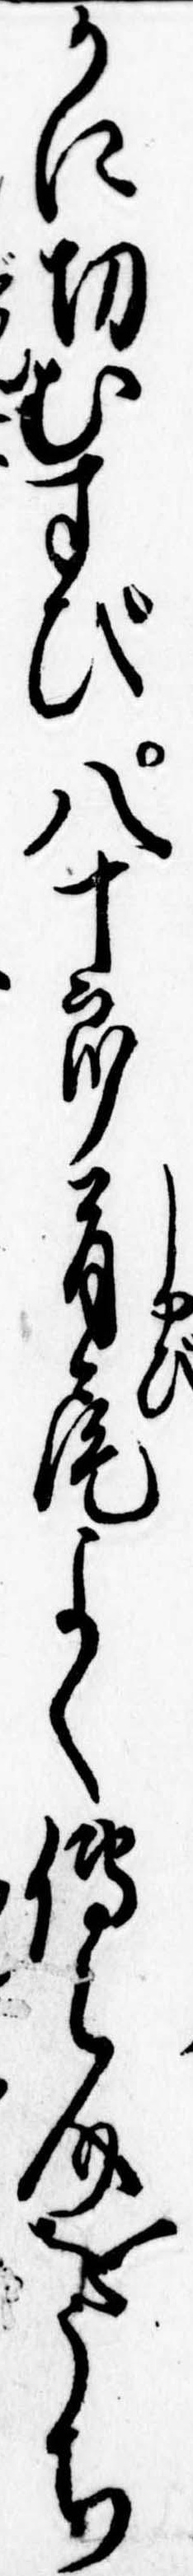
かに切むすび八十郎首尾よく伝之助をうち